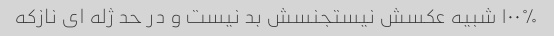
۱۰۰% شبیه عکسش نیستجنسش بد نیست و در حد ژله ای نازکه